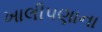
ખાલીપણાના